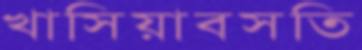
খাসিয়াবসতি